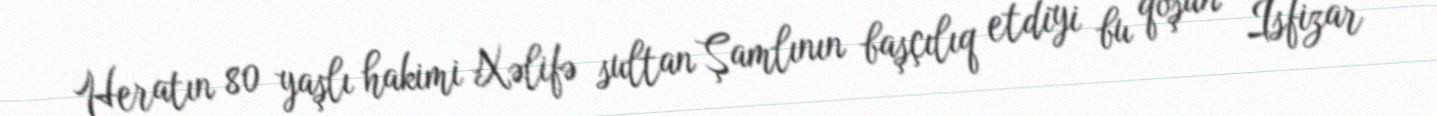
Heratın 80 yaşlı hakimi Xəlifə sultan Şamlının başçılıq etdiyi bu qoşun İsfizar